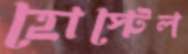
হোস্টেল